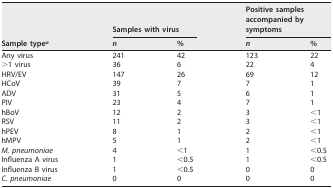
<table><thead><tr><td rowspan="2"><b>Sample type<sup>a</sup></b></td><td colspan="2"><b>Samples with virus</b></td><td colspan="2"><b>Positive samples accompanied by symptoms</b></td></tr><tr><td><b><i>n</i></b></td><td><b>%</b></td><td><b><i>n</i></b></td><td><b>%</b></td></tr></thead><tbody><tr><td>Any virus</td><td>241</td><td>42</td><td>123</td><td>22</td></tr><tr><td>&gt;1 virus</td><td>36</td><td>6</td><td>22</td><td>4</td></tr><tr><td>HRV/EV</td><td>147</td><td>26</td><td>69</td><td>12</td></tr><tr><td>HCoV</td><td>39</td><td>7</td><td>7</td><td>1</td></tr><tr><td>ADV</td><td>31</td><td>5</td><td>6</td><td>1</td></tr><tr><td>PIV</td><td>23</td><td>4</td><td>7</td><td>1</td></tr><tr><td>hBoV</td><td>12</td><td>2</td><td>3</td><td>&lt;1</td></tr><tr><td>RSV</td><td>11</td><td>2</td><td>3</td><td>&lt;1</td></tr><tr><td>hPEV</td><td>8</td><td>1</td><td>2</td><td>&lt;1</td></tr><tr><td>hMPV</td><td>5</td><td>1</td><td>2</td><td>&lt;1</td></tr><tr><td><i>M. pneumoniae</i></td><td>4</td><td>&lt;1</td><td>1</td><td>&lt;0.5</td></tr><tr><td>Influenza A virus</td><td>1</td><td>&lt;0.5</td><td>1</td><td>&lt;0.5</td></tr><tr><td>Influenza B virus</td><td>1</td><td>&lt;0.5</td><td>0</td><td>0</td></tr><tr><td><i>C. pneumoniae</i></td><td>0</td><td>0</td><td>0</td><td>0</td></tr></tbody></table>